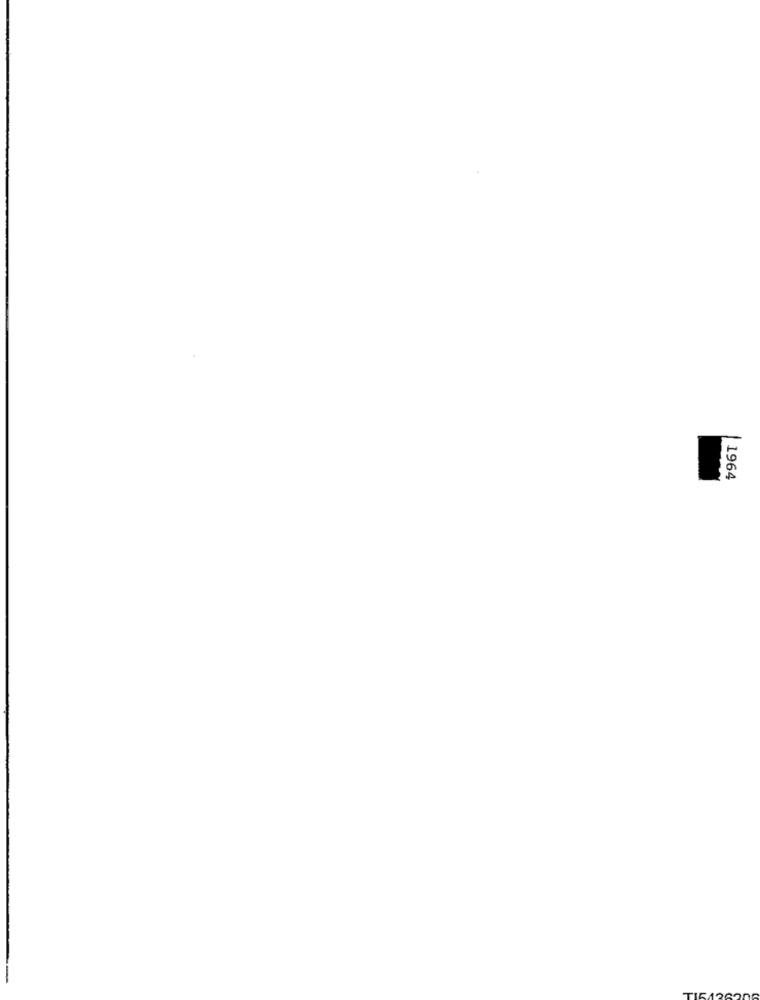
1964